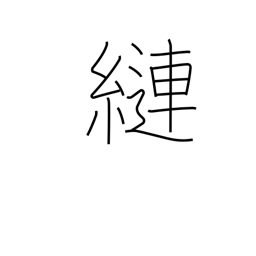
Meaning: tangle